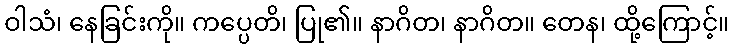
ဝါသံ၊ နေခြင်းကို။ ကပ္ပေတိ၊ ပြု၏။ နာဂိတ၊ နာဂိတ။ တေန၊ ထို့ကြောင့်။